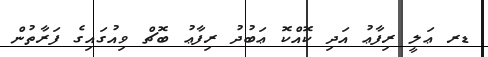
ޑރ ޢަލީ ރިފާޢު އަދި ކޮއްކޮ ޢަބުދު ރިފާޢު ބޮޗް ވިއުގައިގެ ފަރާތުން